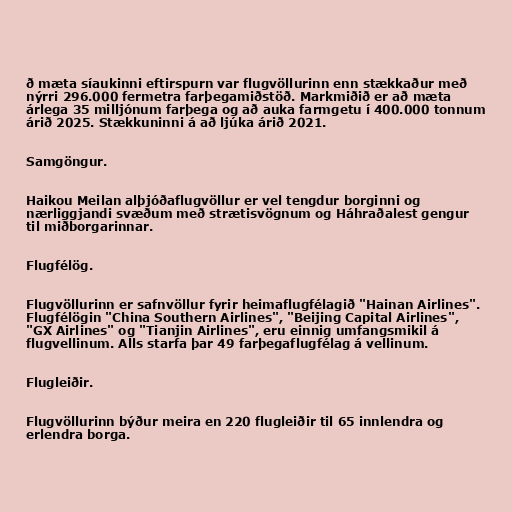
ð mæta síaukinni eftirspurn var flugvöllurinn enn stækkaður með
nýrri 296.000 fermetra farþegamiðstöð. Markmiðið er að mæta
árlega 35 milljónum farþega og að auka farmgetu í 400.000 tonnum
árið 2025. Stækkuninni á að ljúka árið 2021.

Samgöngur.

Haikou Meilan alþjóðaflugvöllur er vel tengdur borginni og
nærliggjandi svæðum með strætisvögnum og Háhraðalest gengur
til miðborgarinnar.

Flugfélög.

Flugvöllurinn er safnvöllur fyrir heimaflugfélagið "Hainan Airlines".
Flugfélögin "China Southern Airlines", "Beijing Capital Airlines",
"GX Airlines" og "Tianjin Airlines", eru einnig umfangsmikil á
flugvellinum. Alls starfa þar 49 farþegaflugfélag á vellinum.

Flugleiðir.

Flugvöllurinn býður meira en 220 flugleiðir til 65 innlendra og
erlendra borga.